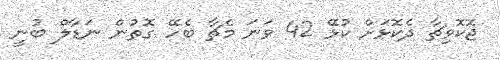
ޖޮކޮވިޗާ ދެކޮޅަށް ކުޅޭ 42 ވަނަ މެޗާ ބެހޭ ގޮތުން ނަޑާލް ބުނީ